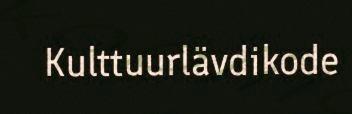
Kulttuurlävdikode